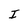
Character: I